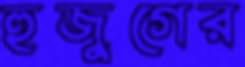
হুজুগের